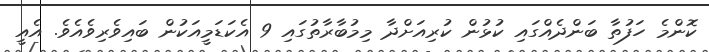
ކޮންމެ ހަފުތާ ބަންދެއްގައި ކުޅުން ކުރިއަށްދާ މިމުބާރާތުގައި 9 އެކަޑަމީއަކުން ބައިވެރިވެއެވެ. އެއީ